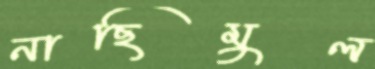
নাছিমুল